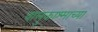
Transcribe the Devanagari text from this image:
वालुकाश्माच्या